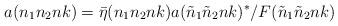
LaTeX: \begin{align*}a(n_1n_2nk)={\bar \eta}(n_1n_2nk) a({\tilde n}_1{\tilde n}_2nk)^*/F({\tilde n}_1{\tilde n}_2nk) \end{align*}